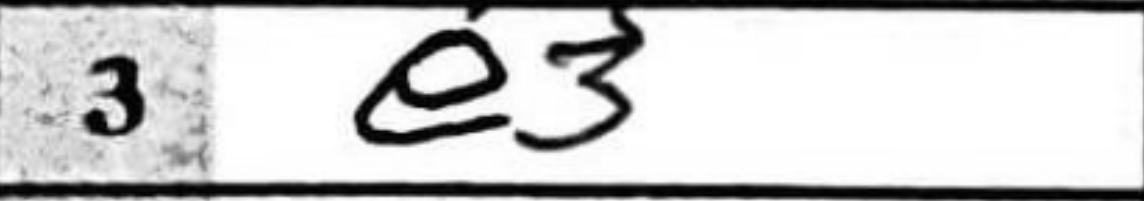
Transcription: e3